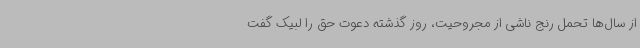
از سال‌ها تحمل رنج ناشی از مجروحیت، روز گذشته دعوت حق را لبیک گفت